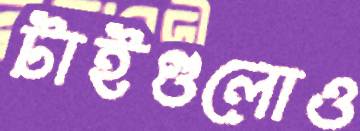
টাইগুলোও